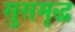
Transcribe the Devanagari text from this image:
सुसमृद्ध